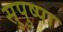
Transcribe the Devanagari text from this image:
सुपुष्पा